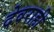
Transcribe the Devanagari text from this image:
देवराही